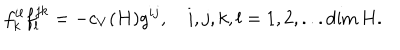
LaTeX: f _ { k } ^ { i l } f _ { l } ^ { j k } = - c _ { V } ( H ) g ^ { i j } , ~ i , j , k , l = 1 , 2 , . . . \dim H .